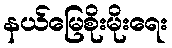
နယ်မြေစိုးမိုးရေး